Insane asylums in Bengal annual reports 1867-1875 - 1867-1875
Year: 1867
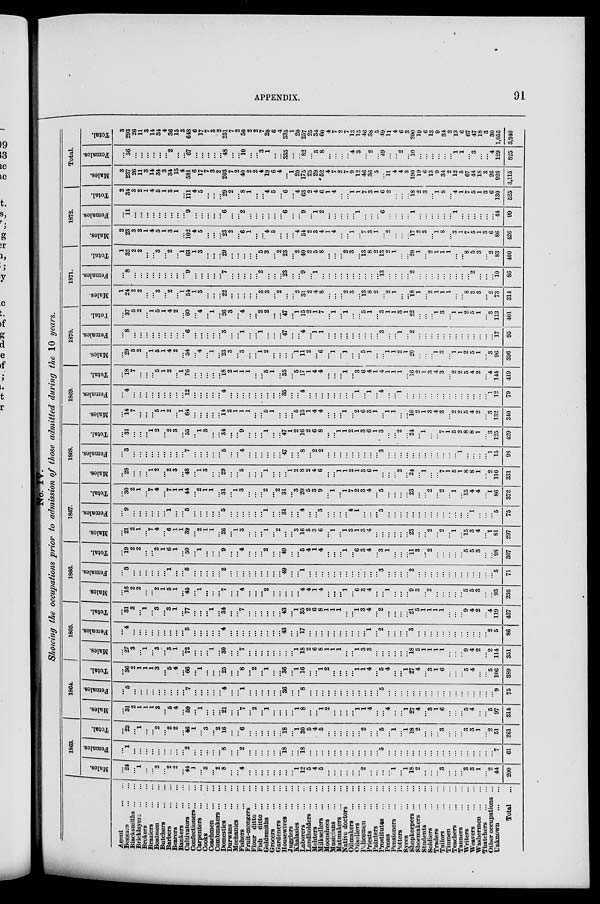
APPENDIX.
91
No. IV.
Showing the occupations prior to admission of those admitted during the 10 years.
Agent
...
...
Beggars
...
...
Blacksmiths ... ...
Bricklayers ... ...
Brokers
...
...
Braziers
...
...
Boatmen
...
...
Butchers
...
...
Barbers
...
...
Bearers
...
...
Bankers
...
...
Cultivators ... ...
Confectioners...
...
Carpenters
...
...
Cooks
...
...
Coachmen ... ...
Combmakers ... ...
Domestics
...
...
Durwans ... ...
Mechanics
...
...
Fishers
...
...
Fruit-mongers ...
Flour ditto ... ...
Fish ditto ... ...
Goldsmiths ... ...
Grocers
...
...
Gardeners
...
...
Housewives ... ...
Jugglers
...
...
Khalasies ... ...
Laborers
...
...
Landholders ... ...
Mehters ... ...
Milksellers ... ...
Moonshees
...
...
Musicians
...
...
Matmakers ... ...
Native doctors ...
Oilmakers ... ...
Oilsellers ... ...
Policemen
...
...
Priests
...
...
Painters
...
...
Prostitutes
...
...
Peons
...
...
Pensioners
...
...
Potters
...
...
Syces ... ...
Shopkeepers ... ...
Shoemakers ... ...
Students
...
...
Soldiers
...
...
Traders
...
...
Tailors
...
...
Tinmen
...
...
Teachers
...
...
Tanners
...
...
Writers
...
...
Weavers
...
...
Washermen ... ...
Thatchers
...
...
Other occupations ...
Unknown
...
...
Total ...
1863.
Males.
...
24
... 1
...
...
2
...
2
2
...
44
1
...
3
...
2
8
...
...
4
...
...
...
...
...
...
...
...
1
12
5
4
5
...
...
...
...
...
...
2
...
...
...
...
1
...
1
18
2
...
...
...
3
...
...
...
3
3
1
...
2
44
200
Females.
... 1
...
...
...
...
...
...
...
...
...
2
...
...
...
...
...
8
...
...
2
...
...
...
...
...
...
18
...
...
18
...
...
...
...
...
...
...
...
...
...
...
...
5
...
...
...
...
...
...
...
...
...
...
...
...
...
...
...
...
...
...
7
61
Total.
...
25
...
1
...
...
2
...
2
2
...
46
1
...
3
...
2
16
...
...
6
...
...
...
...
...
...
18
...
1
30
5
4
5
...
...
...
...
...
...
2
...
...
5
...
1
...
1
18
2
...
...
...
3
...
...
...
3
3
1
...
2
51
261
1864.
Males.
...
31
2
1
1
1
3
...
5
4
...
59
...
1
...
...
...
21
...
...
7
...
2
...
1
...
...
...
...
1
8
...
...
1
2
...
...
...
...
1
1
4
...
...
4
...
...
1
27
4
...
3
1
6
...
...
...
5
4
...
...
5
97
314
Females.
...
5
...
...
...
...
...
...
...
...
...
7
...
...
...
...
...
4
...
...
1
...
...
...
...
...
...
36
...
...
8
...
...
...
...
...
...
...
...
...
...
...
...
5
...
...
...
...
...
...
...
...
...
...
...
...
...
...
...
...
...
...
9
75
Total.
...
36
2
1
1
1
3
...
5
4
...
66
...
1
...
...
...
25
...
...
8
...
2
...
1
...
...
36
...
1
16
...
...
1
2
...
...
...
...
1
1
4
...
5
4
...
...
1
27
4
...
3
1
6
...
...
...
5
4
...
...
5
106
389
1865.
Males.
...
27
3
...
1
...
3
...
3
1
..
72
...
...
...
1
...
30
...
...
7
...
...
...
...
...
...
...
...
1
18
2
6
8
1
1
1
...
...
1
3
3
...
...
...
...
...
...
18
5
1
1
1
1
...
...
...
9
4
2
...
2
114
351
Females.
...
4
...
...
...
...
...
...
...
...
...
5
...
...
...
...
...
4
...
...
...
...
...
...
...
...
...
43
...
...
17
...
...
...
...
...
...
...
...
...
...
1
...
2
...
...
...
...
3
...
...
...
...
...
...
...
...
...
...
...
...
2
5
86
Total.
...
31
3
...
1
...
3
...
3
1
...
77
...
...
...
1
...
34
...
...
7
...
...
...
...
...
...
43
...
1
35
2
6
8
1
1
1
...
...
1
3
4
...
2
...
...
...
...
21
5
1
1
1
1
...
...
...
9
4
2
...
4
119
437
1866.
Males.
...
16
2
2
...
...
2
1
5
1
...
45
...
1
...
...
...
7
...
...
4
...
...
...
2
...
...
...
...
... 4
4
1
4
...
...
...
1
...
6
3
4
...
...
1
...
...
...
9
3
...
2
...
...
...
...
...
5
5
3
...
...
93
236
Females.
...
3
...
...
...
...
...
...
1
...
...
6
...
...
...
...
...
2
...
...
...
...
...
...
...
...
...
49
...
... 1
...
...
...
...
...
...
...
...
...
...
...
...
3
...
...
...
...
2
...
...
...
...
...
...
...
...
...
...
...
...
...
5
71
Total.
...
19
2
2
...
...
2
1
6
1
...
50
...
1
...
...
...
9
...
...
4
...
...
...
2
...
...
49
...
... 5
4
1
4
...
...
...
1
...
6
3
4
...
3
1
...
...
...
11
3
...
2
...
...
...
...
...
5
5
3
...
...
98
307
1867.
Males.
...
21
2
1
...
7
4
...
6
1
1
39
...
2
1
1
...
26
...
1
3
...
...
...
1
...
2
...
...
3
16
5
3
6
...
1
...
1
3
1
3
4
...
...
...
...
...
...
23
...
...
2
...
2
...
1
...
15
3
4
...
1
81
297
Females.
...
9
...
...
...
...
...
...
1
...
...
5
...
...
...
...
...
5
...
...
...
...
...
...
1
...
...
31
...
...
4
...
...
3
...
...
...
...
4
1
...
...
...
5
...
...
...
...
...
...
...
...
...
...
...
...
...
...
1
...
...
...
5
75
Total.
...
30
2
1
...
7
4
...
7
1
1
44
...
2
1
1
...
31
...
1
3
...
...
...
2
...
2
31
...
3
20
5
3
9
...
1
...
1
7
2
3
4
...
5
...
...
...
...
23
...
...
2
...
2
...
1
...
15
4
4
...
1
86
372
1868.
Males.
...
28
...
...
...
1
2
...
2
3
...
48
...
1
3
...
...
29
...
...
5
...
...
...
1
...
...
...
1
2
8
2
4
6
...
...
1
1
2
1
3
6
1
...
...
...
2
...
24
...
1
...
...
7
1
5
1
8
8
1
...
2
110
331
Females.
...
3
...
...
...
...
...
...
...
...
...
7
...
...
...
...
...
5
...
...
4
...
...
...
...
...
...
47
...
... 8
...
2
2
...
...
...
...
...
...
...
...
...
3
...
...
...
...
...
...
...
...
...
...
...
...
1
...
...
...
...
1
15
98
Total.
...
31
...
...
...
1
2
...
2
3
...
55
...
1
3
...
...
34
...
...
9
...
...
...
1
...
...
47
1
2
16
2
6
8
...
...
1
1
2
1
3
6
1
3
...
...
2
...
24
...
1
...
...
7
1
5
2
8
8
1
...
3
125
429
1869.
Males.
...
14
7
...
...
...
5
1
2
...
1
64
...
...
...
...
...
14
2
1
1
1
...
...
5
1
...
...
...
5
13
1
4
4
...
...
...
1
...
2
6
3
1
...
1
1
...
...
16
2
1
3
4
3
...
2
2
5
4
2
...
3
132
340
Females.
...
4
...
...
...
...
...
...
...
...
...
12
...
...
...
...
...
4
...
...
...
...
...
...
...
...
...
35
...
... 4
...
...
...
...
...
...
...
...
1
...
1
...
4
...
...
1
...
...
...
...
...
...
...
...
...
...
...
...
...
...
1
12
79
Total.
...
18
7
...
...
...
5
1
2
...
1
76
...
...
...
...
...
18
2
1
1
1
...
...
5
1
...
35
...
5
17
1
4
4
...
...
...
1
...
3
6
4
1
4
1
1
1
...
16
2
1
3
4
3
...
2
2
5
4
2
...
4
144
419
1870.
Males.
...
29
5
2
...
1
5
1
4
2
...
54
...
4
...
1
...
23
3
...
3
...
...
1
2
...
...
...
...
1
11
2
...
6
...
1
...
1
...
...
5
1
...
...
1
1
2
1
20
...
...
...
1
3
...
1
1
2
5
1
...
3
96
306
Females.
...
8
...
...
...
...
...
...
...
...
...
6
...
...
...
...
...
3
...
...
1
...
...
1
...
...
...
47
...
...
4
...
1
1
...
...
...
...
...
...
...
...
...
3
...
...
1
...
2
...
...
...
...
...
...
...
...
...
...
...
...
...
17
95
Total.
...
37
5
2
...
1
5
1
4
2
...
60
...
4
...
1
...
26
3
...
4
...
...
2
2
...
...
47
...
1
15
2
1
7
...
1
...
1
...
...
5
1
...
3
1
1
3
1
22
...
...
...
1
3
...
1
1
2
5
1
...
3
113
401
1871.
Males.
1
24
2
2
...
...
3
...
2
...
1
54
1
3
...
...
...
22
...
...
...
...
...
3
3
...
2
...
...
2
31
2
4
8
...
...
...
2
3
...
13
8
2
...
2
1
...
...
18
1
...
2
1
1
1
...
...
8
3
3
...
2
73
314
Females.
...
8
...
...
...
...
...
...
...
...
...
9
...
...
...
...
...
7
...
...
...
...
...
2
...
...
...
23
...
... 9
...
1
...
...
...
...
...
...
...
...
...
...
13
...
...
...
...
2
...
...
...
...
...
...
...
...
...
2
...
...
...
10
86
Total.
1
32
2
2
...
...
3
...
2
...
1
63
1
3
...
...
...
29
...
...
...
...
...
5
3
...
2
23
...
2
40
2
5
8
...
...
...
2
3
...
13
8
2
13
2
1
...
...
20
1
...
2
1
1
1
...
...
8
5
3
...
2
83
400
1872.
Males.
2 23
3
2
1
4
5
1
3
1
...
102
4
5
...
...
...
23
2
...
6
1
...
...
4
5
...
...
...
4
54
2
3
4
1
4
...
...
1
...
7
3
1
...
2
...
...
...
17
2
3
...
1
8
...
3
1
7
5
1
3
6
86
426
Females.
...
11
...
...
...
...
...
...
...
...
...
9
...
...
...
...
...
6
...
...
2
...
...
...
...
...
...
6
...
... 9
...
1
2
...
...
...
...
...
1
...
...
...
6
...
...
...
...
1
...
...
...
...
...
...
1
...
...
...
...
...
...
44
99
Total.
2
34
3
2
1
4
5
1
3
1
...
111 4
5
...
...
...
29
2
...
8
1
...
...
4
5
...
6
...
4
63
2
4
6
1
4
...
...
1
1
7
3
1
6
2
...
...
...
18 2
3
...
1
8
...
4
1
7
5
1
3
6
130
525
Total.
Males.
3
237
26
11
3
14
34
3
34
15
4
581
6
17
7
3
2
203
7
2
40
2
2
4
19
6
4
...
1
20
175
25
29
52
4
7
2
7
9
12
46
36
5
...
11
4
4
3
190
19
6
13
9
34
2
12
5
67
44
18
3
26
926
3,115
Females.
...
56
...
...
...
...
...
...
2
...
...
67
...
...
...
...
...
48
...
...
10
...
...
3
1
...
...
335
...
... 82
...
5
8
...
...
...
...
4
3
...
2
...
49
...
...
2
...
10
...
...
...
...
...
...
1
1
...
3
...
...
4
129
825
Total.
3
293
26
11
3
14
34
4
36
15
3
648
6
17
7
3
2
251
7
2
50
2
2
7
20
6
4
335
1
20
257
25
34
60
4
7
2
7
13
15
46
38
5
49
11
4
6
3
200
19
6
13
9
34
2
13
6
67
47
18
3
30
1,055
3,940